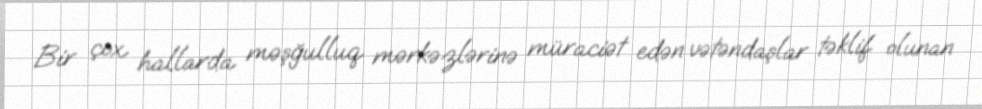
Bir çox hallarda məşğulluq mərkəzlərinə müraciət edən vətəndaşlar təklif olunan